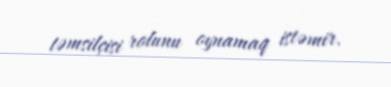
təmsilçisi rolunu oynamaq istəmir.